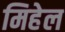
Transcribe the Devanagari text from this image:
मिहेल